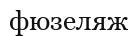
фюзеляж